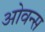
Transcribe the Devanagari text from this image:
ओवन्स